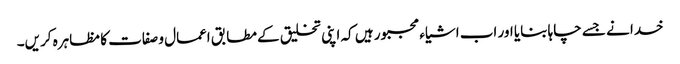
خدا نے جسے چاہا بنایا اور اب اشیاء مجبور ہیں کہ اپنی تخلیق کے مطابق اعمال و صفات کا مظاہرہ کریں۔